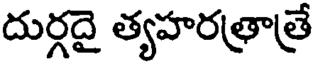
దుర్గదై త్యహరత్రాత్రే